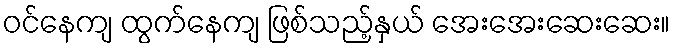
ဝင်နေကျ ထွက်နေကျ ဖြစ်သည့်နှယ် အေးအေးဆေးဆေး။